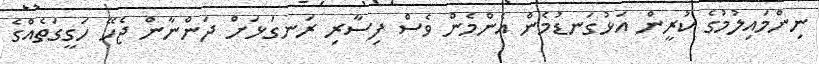
ނިންމައިލުމުގެ ކުރީން އަޅުގަނޑުމެން އެންމެން ވެސް ފިސާރި ރަނގަޅަށް ދަންނާން ޖެހޭ ހަގީގަތެއްގެ